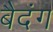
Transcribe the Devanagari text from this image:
बैदंग